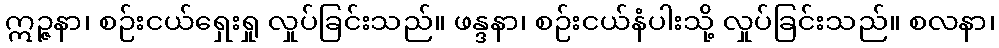
ဣဉ္ဇနာ၊ စဉ်းငယ်ရှေးရှု လှုပ်ခြင်းသည်။ ဖန္ဒနာ၊ စဉ်းငယ်နံပါးသို့ လှုပ်ခြင်းသည်။ စလနာ၊